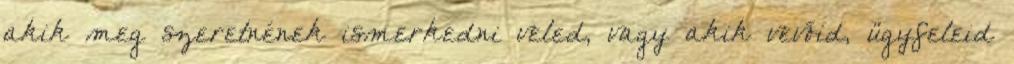
akik meg szeretnének ismerkedni veled, vagy akik vevőid, ügyfeleid